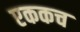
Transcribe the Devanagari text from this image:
एककच